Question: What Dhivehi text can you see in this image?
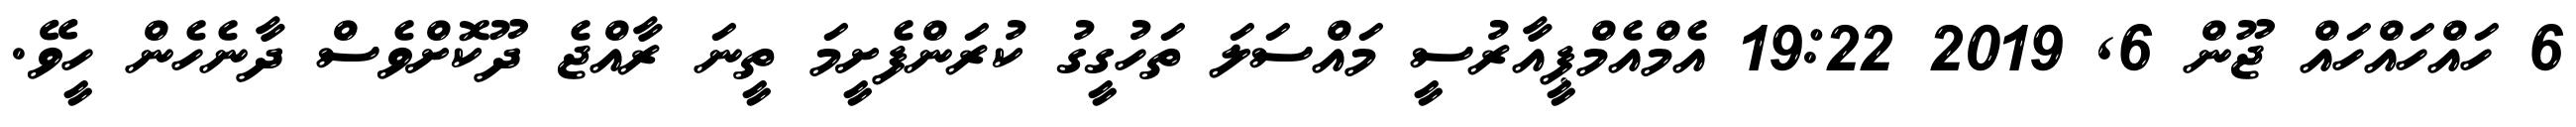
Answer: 6 ހައްހައްހައް ޖޫން 6, 2019 19:22 އެމްއެމްޕީއާރުސީ މައްސަލަ ތަހުގީގު ކުރަންފެށީމަ ތީނަ ރާއްޖެ ދޫކޮށްވެސް ދާނެހެން ހީވޭ.